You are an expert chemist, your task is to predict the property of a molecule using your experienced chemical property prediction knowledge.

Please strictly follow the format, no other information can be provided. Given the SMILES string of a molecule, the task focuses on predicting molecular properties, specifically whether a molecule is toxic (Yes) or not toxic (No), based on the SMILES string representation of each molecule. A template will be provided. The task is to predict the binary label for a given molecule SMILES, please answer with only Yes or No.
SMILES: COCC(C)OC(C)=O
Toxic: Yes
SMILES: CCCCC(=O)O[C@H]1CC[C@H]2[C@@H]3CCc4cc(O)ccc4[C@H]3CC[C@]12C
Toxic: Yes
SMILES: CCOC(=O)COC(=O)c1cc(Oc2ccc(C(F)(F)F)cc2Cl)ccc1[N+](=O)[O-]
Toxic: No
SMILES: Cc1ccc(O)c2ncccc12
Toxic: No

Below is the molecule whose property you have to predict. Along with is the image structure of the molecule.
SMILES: c1cc2c3c(c1)ccc1cccc(c13)C2
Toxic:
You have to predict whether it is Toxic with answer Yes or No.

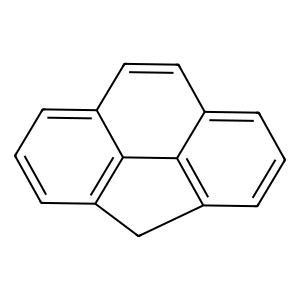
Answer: No